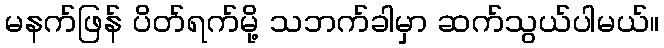
မနက်ဖြန် ပိတ်ရက်မို့ သဘက်ခါမှာ ဆက်သွယ်ပါမယ်။